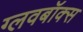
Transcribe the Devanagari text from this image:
ग्लवबॉक्स